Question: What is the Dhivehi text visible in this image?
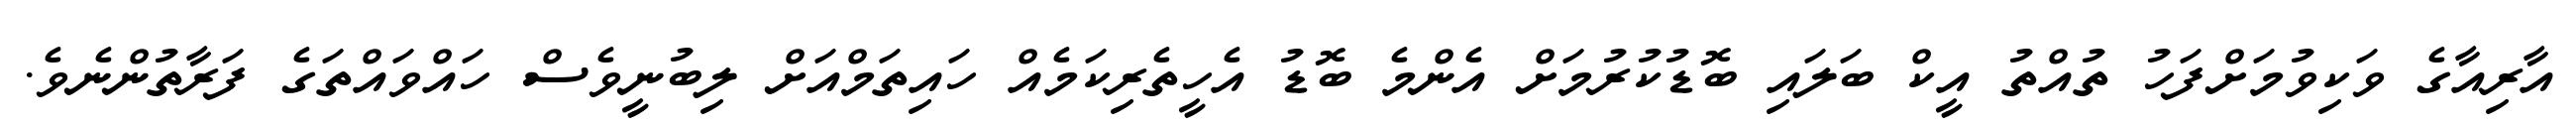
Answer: އާރިއާގެ ވަކިވުމަށްފަހު ތުއްތު އީކް ބަލައި ބޮޑުކުރުމަށް އެންމެ ބޮޑު އެހީތެރިކަމެއް ހައިތަމްއަށް ލިބުނީވެސް ހައްވައްތަގެ ފަރާތުންނެވެ.